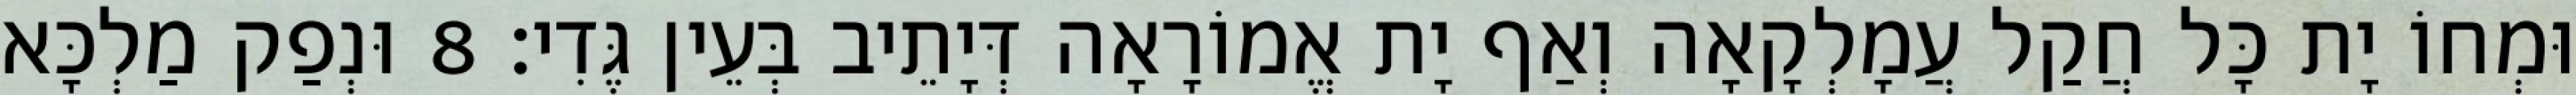
וּמְחוֹ יָת כָּל חֲקַל עֲמָלְקָאָה וְאַף יָת אֱמוֹרָאָה דְּיָתֵיב בְּעֵין גֶּדִי׃ 8 וּנְפַק מַלְכָּא